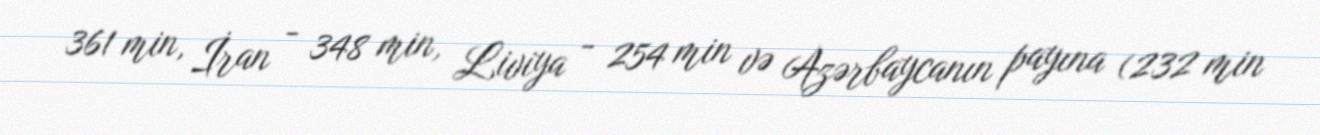
361 min, İran - 348 min, Liviya - 254 min və Azərbaycanın payına (232 min